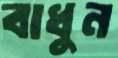
বাধুন